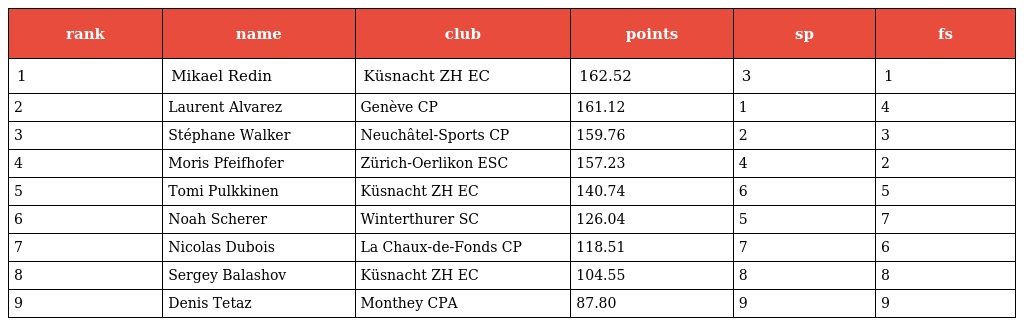
| rank | name | club | points | sp | fs |
 | --- | --- | --- | --- | --- | --- |
 | 1 | Mikael Redin | Küsnacht ZH EC | 162.52 | 3 | 1 |
 | 2 | Laurent Alvarez | Genève CP | 161.12 | 1 | 4 |
 | 3 | Stéphane Walker | Neuchâtel-Sports CP | 159.76 | 2 | 3 |
 | 4 | Moris Pfeifhofer | Zürich-Oerlikon ESC | 157.23 | 4 | 2 |
 | 5 | Tomi Pulkkinen | Küsnacht ZH EC | 140.74 | 6 | 5 |
 | 6 | Noah Scherer | Winterthurer SC | 126.04 | 5 | 7 |
 | 7 | Nicolas Dubois | La Chaux-de-Fonds CP | 118.51 | 7 | 6 |
 | 8 | Sergey Balashov | Küsnacht ZH EC | 104.55 | 8 | 8 |
 | 9 | Denis Tetaz | Monthey CPA | 87.80 | 9 | 9 |